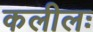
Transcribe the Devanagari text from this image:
कलीलः